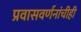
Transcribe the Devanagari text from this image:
प्रवासवर्णनांचीही